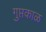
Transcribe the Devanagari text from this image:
गुप्तकाळ